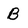
Character: B